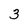
Character: 3